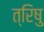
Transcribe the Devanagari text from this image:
त्रिषु